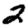
Digit: 2